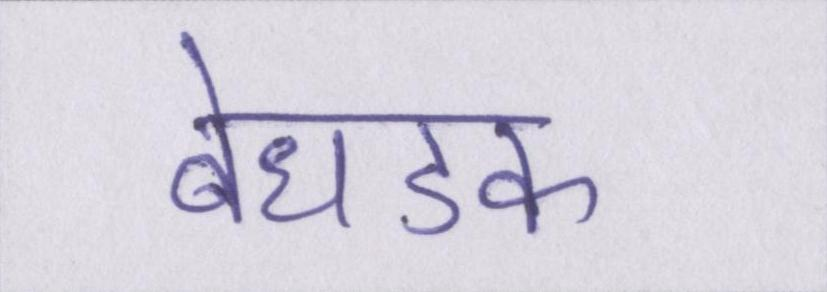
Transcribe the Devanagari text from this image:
बेधडक